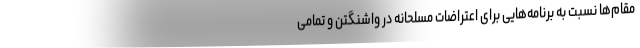
مقام‌ها نسبت به برنامه‌هایی برای اعتراضات مسلحانه در واشنگتن و تمامی